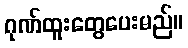
ဂုဏ်ထူးတွေပေးမည်။